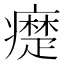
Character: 𤻇